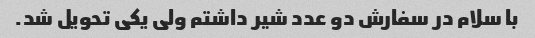
با سلام در سفارش دو عدد شیر داشتم ولی یکی تحویل شد.